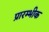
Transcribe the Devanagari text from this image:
प्रारम्भीक